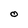
Character: O